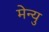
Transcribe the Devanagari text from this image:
मेन्‍यु